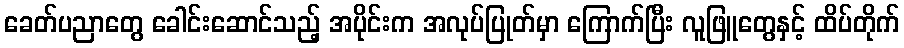
ခေတ်ပညာတွေ ခေါင်းဆောင်သည့် အပိုင်းက အလုပ်ပြုတ်မှာ ကြောက်ပြီး လူဖြူတွေနှင့် ထိပ်တိုက်